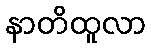
နာတိထူလာ